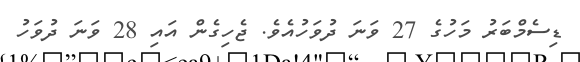
ޑިސެމްބަރު މަހުގެ 27 ވަނަ ދުވަހުއެވެ. ޖެހިގެން އައި 28 ވަނަ ދުވަހު